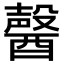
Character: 𨢤